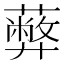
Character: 𦿔